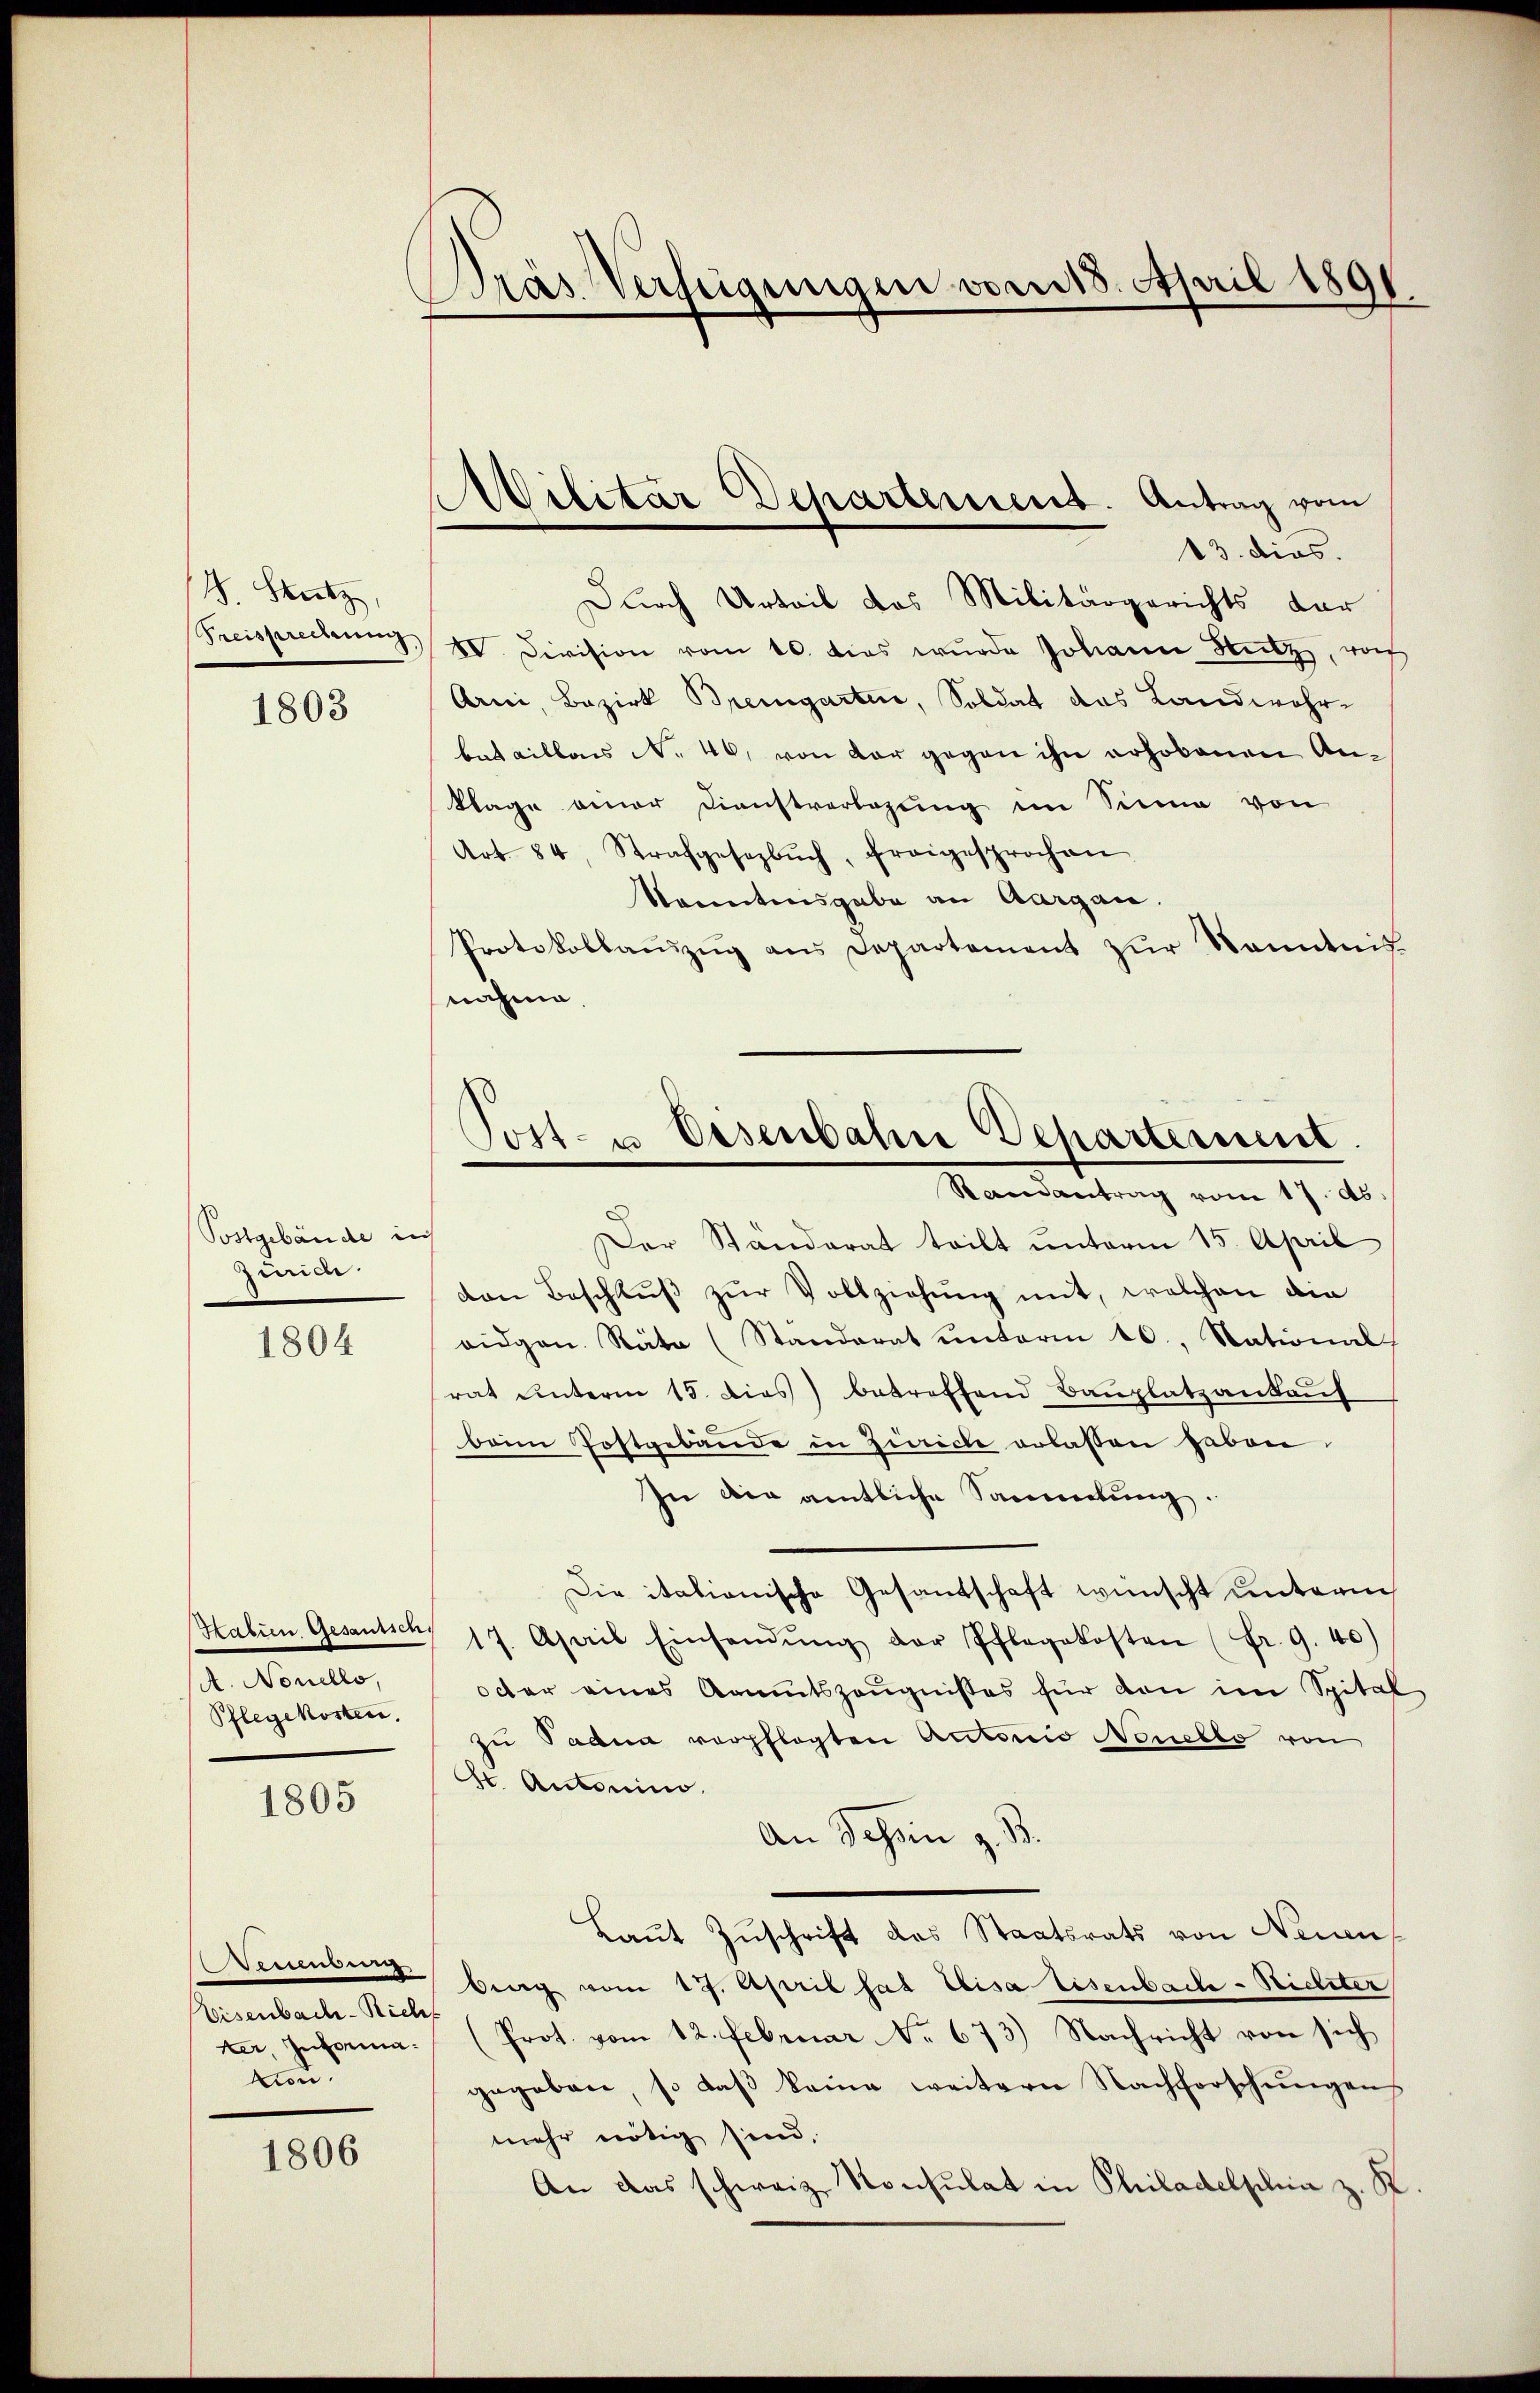
J. Stutz,

1803

Sostgebäude in
Zürich.

1804

Kalien Gesaussch
A. Novello,
Pflegekosten.

1805

Mun
Eisenbach-Richt
ker, Information.

1806

Pras Verfügungen vom 18. April 1891

Civilitar Departement. Antrag vom

13. dies.
Durch Urteil das Militärgerichts dar
Freisprechung IV. Division vom 10. dies wurde Johann Salz, noch
Arni, Bezirk Bremgarten, Soldat das Landwehrbataillais No. 46, von dar gegen ihn erhobenen An¬
Klage einer Dienstverlegung im Sinne von
Art. 84, Strafgesezbŭch, freigesprochen
Kenntnisgabe an Aargau.
Protokollaŭszŭg ans Departement zŭr Kenntnis
nahme

Tott- u. Eisenbahn Departement
Ramantrag vom 17. ds.

Der Ständerat teilt unterm 15. April
von Beschluβ zŭr Vollziehung mit, welchen die
eidgen. Räte (Standerat ŭnterm 10. Stational
rat unterm 15. Dies) betreffend Bauplatzankauf
beim Postgebäude in Zürich erlassen haben.
In der amtliche Sammlung.
Die italionische Gesandschaft wünscht unterm
17. April Einsendŭng der Pflegekosten (Fr. 9.40)
octer eines Amtszeugnisses für den im Spital
zu Padua verpflegten Actorio Nonello von
St. Antonin.
An Schön z. B.
Laut Zuschrift das Staatsrats von Neuen
berg vom 17. April hat Elisa lesenbach-Nicliter
Prot. vom 12. Februar No. 673.) Nachricht von sich
gegeben, so daß keine weitern Nachforschungens
mehr nötig sind,
An das schweiz. Konsulat in Philadelphia z. K.